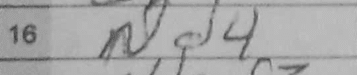
Transcription: Nd4